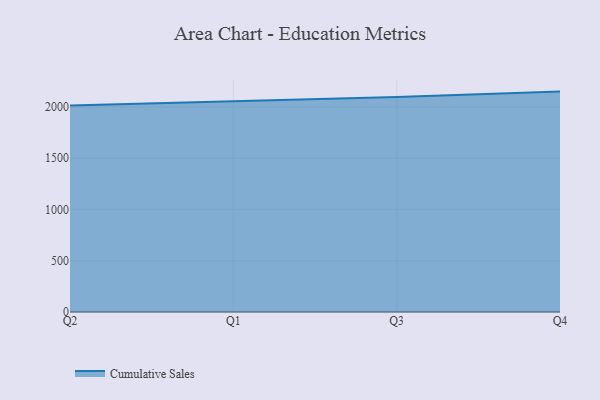
{"axis": {"x": "Quarter", "y": "Population (Million)"}, "legend": ["Cumulative Sales"], "data": [{"x": "Q2", "y": 2015.0, "type": "Cumulative Sales"}, {"x": "Q1", "y": 2053.0, "type": "Cumulative Sales"}, {"x": "Q3", "y": 2096.9, "type": "Cumulative Sales"}, {"x": "Q4", "y": 2150.1, "type": "Cumulative Sales"}]}